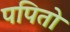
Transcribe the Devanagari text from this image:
पपितो